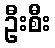
ဦးစီး